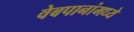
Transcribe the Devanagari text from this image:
वेबपानांमध्ये